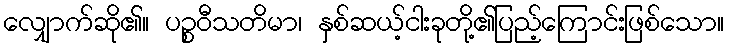
လျှောက်ဆို၏။ ပဉ္စဝီသတိမာ၊ နှစ်ဆယ့်ငါးခုတို့၏ပြည့်ကြောင်းဖြစ်သော။